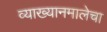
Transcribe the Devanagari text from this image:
व्याख्यानमालेचा